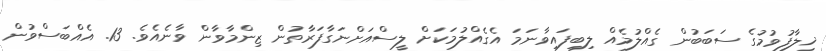
ޚިލާފުވުމުގެ ސަބަބުން ގެއްލުމެއް ލިބިފައިވާނަމަ އެގެއްލުމަކަށް ލީސްއަށްނަގާފަރާތުން ޒިންމާވާން ވާނެއެވެ. 13. އެއްބަސްވުން